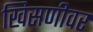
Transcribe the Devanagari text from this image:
खिसणीवर